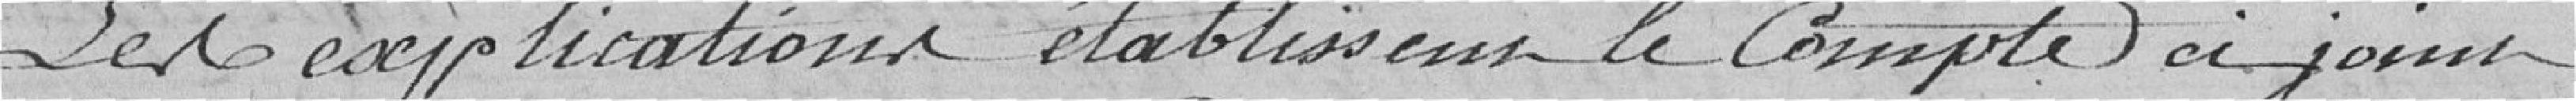
Les explications établissent le compte ci-joint